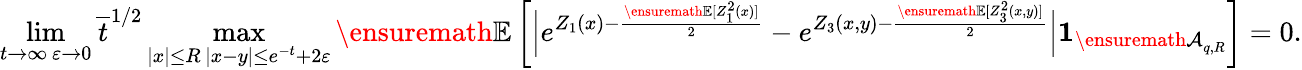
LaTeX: \operatorname*{lim}_{\substack{t\to\infty\, \varepsilon\to 0}}\overline{t}^{1/2}\operatorname*{max}_{\substack{|x|\le R\, |x-y|\le e^{-t}+2\varepsilon}}{\ensuremath{\mathbb E}}\left[\Big|e^{Z_{1}(x)-\frac{{\ensuremath{\mathbb E}}[Z_{1}^{2}(x)]}{2}}-e^{Z_{3}(x,y)-\frac{{\ensuremath{\mathbb E}}[Z_{3}^{2}(x,y)]}{2}}\Big|\mathbf{1}_{{\ensuremath{\mathcal A}}_{q,R}}\right]=0.